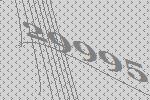
29995